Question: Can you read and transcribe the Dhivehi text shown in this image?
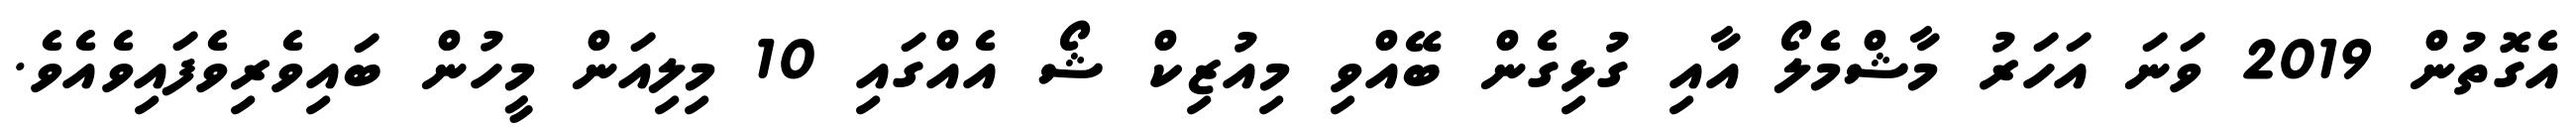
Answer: އެގޮތުން 2019 ވަނަ އަހަރު މާޝްމެލޯ އާއި ގުޅިގެން ބޭއްވި މިއުޒިކް ޝޯ އެއްގައި 10 މިލިއަން މީހުން ބައިވެރިވެފައިވެއެވެ.